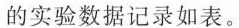
的实验数据记录如表。